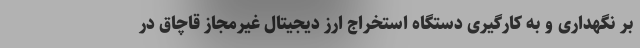
بر نگهداری و به کارگیری دستگاه استخراج ارز دیجیتال غیرمجاز قاچاق در